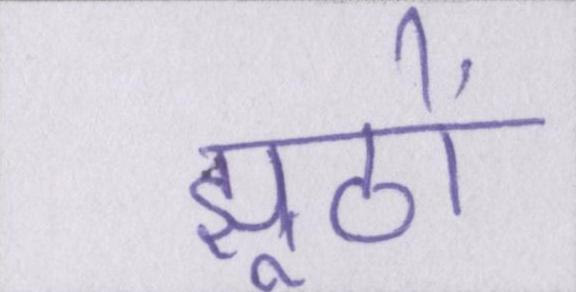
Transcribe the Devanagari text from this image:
झूठों